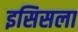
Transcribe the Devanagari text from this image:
इसिसला